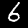
Digit: 6